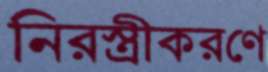
নিরস্ত্রীকরণে